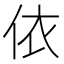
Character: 依